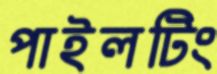
পাইলটিং